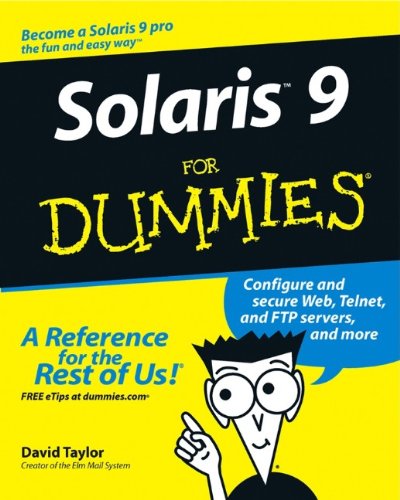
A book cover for Solaris 9 For Dummies; David Taylor; Computers & Technology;